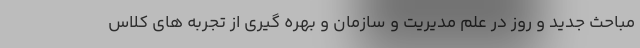
مباحث جدید و روز در علم مدیریت و سازمان و بهره گیری از تجربه های کلاس